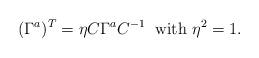
LaTeX: \begin{align*}(\Gamma^a)^T = \eta C \Gamma^a C^{-1}\;\; \mbox{with} \ \eta^2=1.\end{align*}